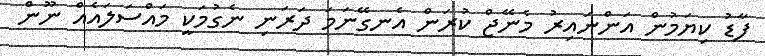
ފާޑު ކިޔަމުން އަންނައިރު މެނޭޖް ކުރަން އެނގޭނަމަ ދަރަނި ނެގުމަކީ މައްސަލައެއް ނޫން